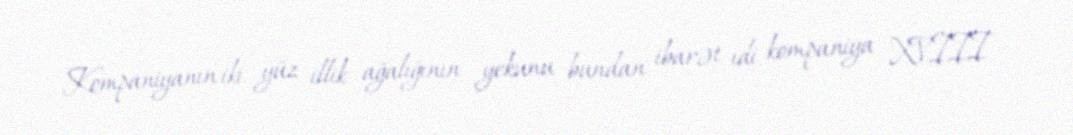
Kompaniyanın iki yüz illik ağalığının yekunu bundan ibarət idi. kompaniya XVIII